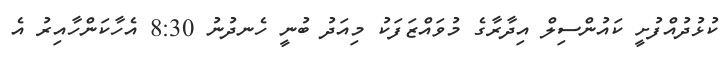
ކުޅުދުއްފުށީ ކައުންސިލް އިދާރާގެ މުވައްޒަފަކު މިއަދު ބުނީ ހެނދުނު 8:30 އެހާކަންހާއިރު އެ